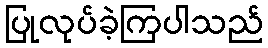
ပြုလုပ်ခဲ့ကြပါသည်